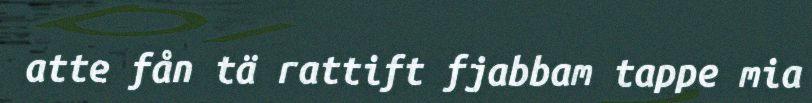
atte fån tä rattift fjabbam tappe mia